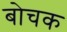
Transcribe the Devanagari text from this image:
बोचक